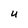
Character: U